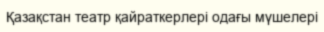
Қазақстан театр қайраткерлері одағы мүшелері